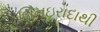
બિનઇરાદાથી